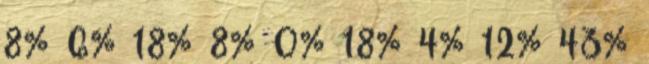
8% 6% 18% 8% 0% 18% 4% 12% 43%